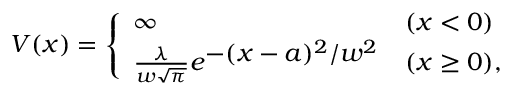
V ( x ) = \left\{ \begin{array} { l l } { \infty ~ } & { ( x < 0 ) } \\ { \frac { \lambda } { w \sqrt { \pi } } e ^ { \textstyle - ( x - a ) ^ { 2 } / w ^ { 2 } } } & { ( x \ge 0 ) , } \end{array} \right.